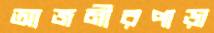
আজমীরপাড়া